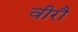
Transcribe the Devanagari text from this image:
वीरौ